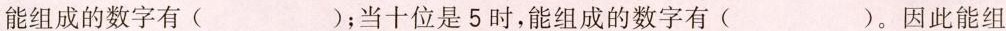
能组成的数字有( )；当十位是5时，能组成的数字有( )。因此能组